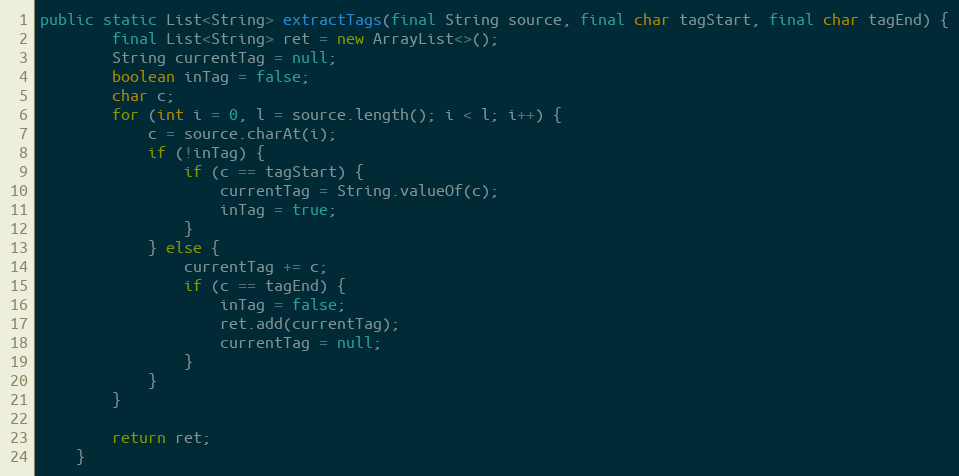
Language: Java
public static List<String> extractTags(final String source, final char tagStart, final char tagEnd) {
		final List<String> ret = new ArrayList<>();
		String currentTag = null;
		boolean inTag = false;
		char c;
		for (int i = 0, l = source.length(); i < l; i++) {
			c = source.charAt(i);
			if (!inTag) {
				if (c == tagStart) {
					currentTag = String.valueOf(c);
					inTag = true;
				}
			} else {
				currentTag += c;
				if (c == tagEnd) {
					inTag = false;
					ret.add(currentTag);
					currentTag = null;
				}
			}
		}

		return ret;
	}